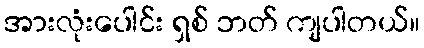
အားလုံးပေါင်း ရှစ် ဘတ် ကျပါတယ်။